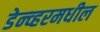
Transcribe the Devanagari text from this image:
डेन्व्हरमधील